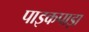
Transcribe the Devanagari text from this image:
पाइकपाड़ा